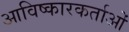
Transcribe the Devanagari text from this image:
आविष्कारकर्ताओं